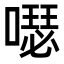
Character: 𠿗